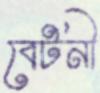
বেটনী